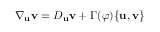
\nabla _ { \mathbf { u } } { \mathbf { v } } = D _ { \mathbf { u } } { \mathbf { v } } + \Gamma ( \varphi ) \{ { \mathbf { u } } , { \mathbf { v } } \}